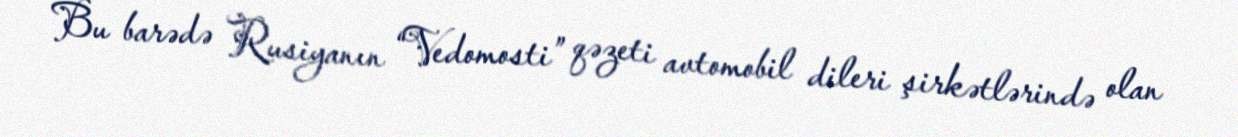
Bu barədə Rusiyanın “Vedomosti” qəzeti avtomobil dileri şirkətlərində olan